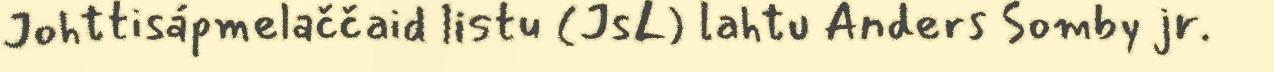
Johttisápmelaččaid listu (JsL) lahtu Anders Somby jr.